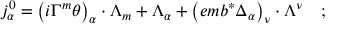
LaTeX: j _ { \alpha } ^ { 0 } = \left( i \Gamma ^ { m } \theta \right) _ { \alpha } \cdot \Lambda _ { m } + \Lambda _ { \alpha } + \left( e m b ^ { * } \Delta _ { \alpha } \right) _ { \nu } \cdot \Lambda ^ { \nu } \quad ;